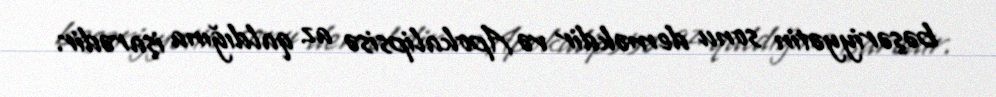
bəşəriyyətin sonu deməkdir və Apokalipsisə az qaldığına işarədir.